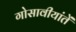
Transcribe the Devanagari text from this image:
गोसावीयांतें